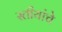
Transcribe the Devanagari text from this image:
स्तीयांचे